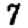
Digit: 7